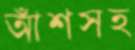
আঁশসহ